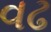
વઢ